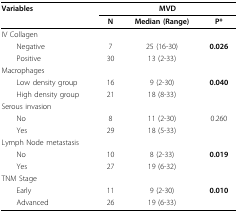
<table><thead><tr><td><b>Variables</b></td><td colspan="3"><b>MVD</b></td></tr><tr><td></td><td><b>N</b></td><td><b>Median (Range)</b></td><td><b>P*</b></td></tr></thead><tbody><tr><td colspan="4">IV Collagen</td></tr><tr><td> Negative</td><td>7</td><td>25 (16-30)</td><td><b>0.026</b></td></tr><tr><td> Positive</td><td>30</td><td>13 (2-33)</td><td></td></tr><tr><td colspan="4">Macrophages</td></tr><tr><td> Low density group</td><td>16</td><td>9 (2-30)</td><td><b>0.040</b></td></tr><tr><td> High density group</td><td>21</td><td>18 (8-33)</td><td></td></tr><tr><td colspan="4">Serous invasion</td></tr><tr><td> No</td><td>8</td><td>11 (2-30)</td><td>0.260</td></tr><tr><td> Yes</td><td>29</td><td>18 (5-33)</td><td></td></tr><tr><td colspan="4">Lymph Node metastasis</td></tr><tr><td> No</td><td>10</td><td>8 (2-33)</td><td><b>0.019</b></td></tr><tr><td> Yes</td><td>27</td><td>19 (6-32)</td><td></td></tr><tr><td colspan="4">TNM Stage</td></tr><tr><td> Early</td><td>11</td><td>9 (2-30)</td><td><b>0.010</b></td></tr><tr><td> Advanced</td><td>26</td><td>19 (6-33)</td><td></td></tr></tbody></table>